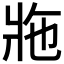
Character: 𤕴